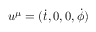
u ^ { \mu } = ( { \dot { t } } , 0 , 0 , { \dot { \phi } } )